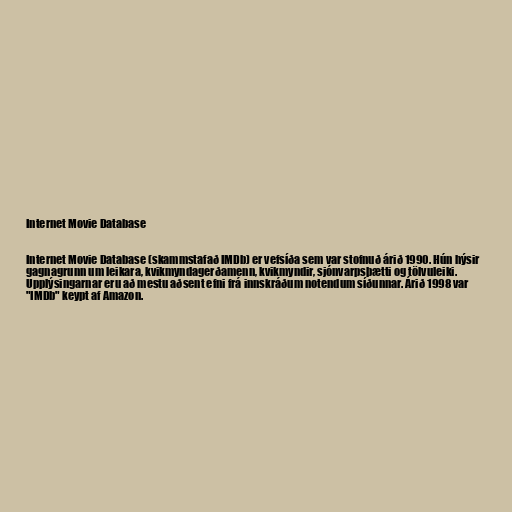
Internet Movie Database

Internet Movie Database (skammstafað IMDb) er vefsíða sem var stofnuð árið 1990. Hún hýsir
gagnagrunn um leikara, kvikmyndagerðamenn, kvikmyndir, sjónvarpsþætti og tölvuleiki.
Upplýsingarnar eru að mestu aðsent efni frá innskráðum notendum síðunnar. Árið 1998 var
"IMDb" keypt af Amazon.